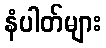
နံပါတ်များ